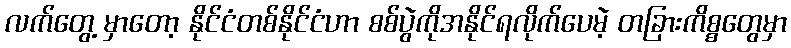
လက်တွေ့ မှာတော့ နိုင်ငံတစ်နိုင်ငံဟာ စစ်ပွဲကိုအနိုင်ရလိုက်ပေမဲ့ တခြားကိစ္စတွေမှာ